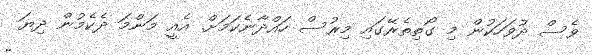
ވެސް ދުވަހަކުން މި ގޯތިތެރޭގައި މިރުސް ހައްދާނެކަމަށް. އެއީ މަންމަ ދެކެމުން ދިޔަ